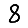
Digit: 8